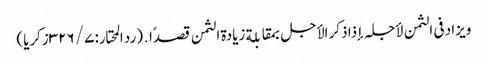
ویزاد فی الثمن لأجلہ إذا ذکر الأجل بمقابلة زیادة الثمن قصدًا․ (رد المحتار: ۷/ ۳۲۶زکریا)